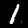
Digit: 1